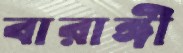
বারাঙ্গী